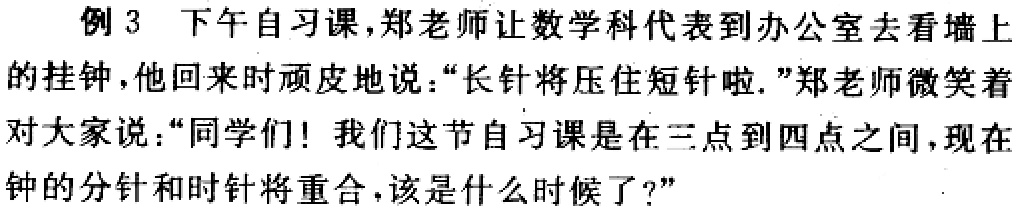
例3 下午自习课，郑老师让数学科代表到办公室去看墙上

的挂钟，他回来时顽皮地说：“长针将压住短针啦.”郑老师微笑着

对大家说：“同学们！我们这节自习课是在三点到四点之间，现在

钟的分针和时针将重合，该是什么时候了？”